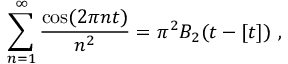
\sum _ { n = 1 } ^ { \infty } { \frac { \cos ( 2 \pi n t ) } { n ^ { 2 } } } = \pi ^ { 2 } B _ { 2 } ( t - [ t ] ) \ ,